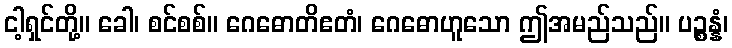
ငါ့ရှင်တို့။ ခေါ၊ စင်စစ်။ ဂေဓောတိဧတံ၊ ဂေဓောဟူသော ဤအမည်သည်။ ပဉ္စန္နံ၊